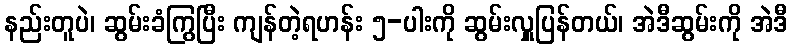
နည်းတူပဲ၊ ဆွမ်းခံကြွပြီး ကျန်တဲ့ရဟန်း ၅-ပါးကို ဆွမ်းလှူပြန်တယ်၊ အဲဒီဆွမ်းကို အဲဒီ